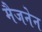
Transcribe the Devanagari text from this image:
मैजनेन